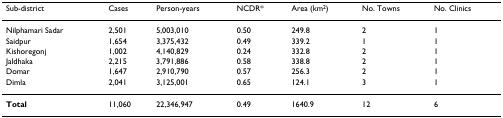
<table><thead><tr><td><b>Sub-district</b></td><td><b>Cases</b></td><td><b>Person-years</b></td><td><b>NCDR*</b></td><td><b>Area (km<sup>2</sup>)</b></td><td><b>No. Towns</b></td><td><b>No. Clinics</b></td></tr></thead><tbody><tr><td>Nilphamari Sadar</td><td>2,501</td><td>5,003,010</td><td>0.50</td><td>249.8</td><td>2</td><td>1</td></tr><tr><td>Saidpur</td><td>1,654</td><td>3,375,432</td><td>0.49</td><td>339.2</td><td>1</td><td>1</td></tr><tr><td>Kishoregonj</td><td>1,002</td><td>4,140,829</td><td>0.24</td><td>332.8</td><td>2</td><td>1</td></tr><tr><td>Jaldhaka</td><td>2,215</td><td>3,791,886</td><td>0.58</td><td>338.8</td><td>2</td><td>1</td></tr><tr><td>Domar</td><td>1,647</td><td>2,910,790</td><td>0.57</td><td>256.3</td><td>2</td><td>1</td></tr><tr><td>Dimla</td><td>2,041</td><td>3,125,001</td><td>0.65</td><td>124.1</td><td>3</td><td>1</td></tr><tr><td><b>Total</b></td><td>11,060</td><td>22,346,947</td><td>0.49</td><td>1640.9</td><td>12</td><td>6</td></tr></tbody></table>